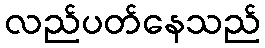
လည်ပတ်နေသည်